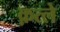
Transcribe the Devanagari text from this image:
क़त्ले